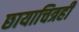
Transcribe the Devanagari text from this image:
छायाचित्रही